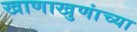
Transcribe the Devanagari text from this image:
खाणाखुणांच्या